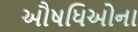
ઔષધિઓના